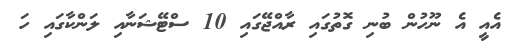
އެއީ އެ ނޫހުން ބުނި ގޮތުގައި ރާއްޖޭގައި 10 ސްޓޭޝަނާއި ލަންކާގައި ހަ